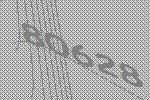
80628